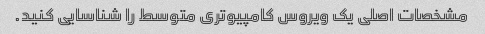
مشخصات اصلی یک ویروس کامپیوتری متوسط را شناسایی کنید.